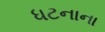
ધટનાના